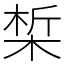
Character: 椞